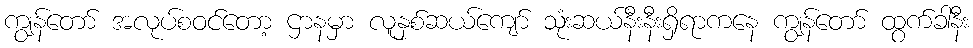
ကျွန်တော် အလုပ်စဝင်တော့ ဌာနမှာ လူနှစ်ဆယ်ကျော် သုံးဆယ်နီးနီးရှိရာကနေ ကျွန်တော် ထွက်ခါနီး